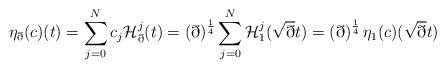
LaTeX: \begin{align*}\eta_\eth(c) (t) = \sum_{j=0}^N c_j \mathcal{H}_\eth^j(t) = \left(\eth\right)^{\frac{1}{4}} \sum_{j=0}^N \mathcal{H}_1^j(\sqrt{\eth}t) = \left(\eth\right)^{\frac{1}{4}} \eta_1(c) (\sqrt{\eth} t)\end{align*}